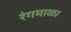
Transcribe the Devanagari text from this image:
रंगमाळा